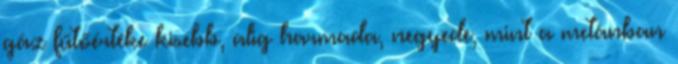
gáz fűtőértéke kisebb, alig harmada, negyede, mint a metánban